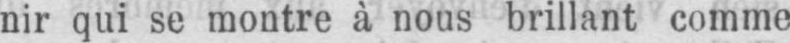
nir qui se montre à nous brillant comme